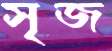
সৃজ